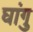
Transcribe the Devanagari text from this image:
घांगु